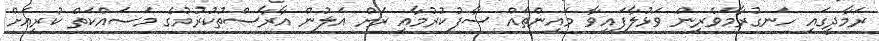
ރަމާދީގައި ހަނގުރާމަވެރިން ވަޅުލާފައިވާ މައިންތައް ސާފުކުރުމާއި ރަށް އަލުން އާރާސްތުކުރުމުގެ މަސައްކަތް ކުރިއަށް